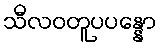
သီလဝတူပပန္နော